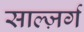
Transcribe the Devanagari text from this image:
साल्ज़र्ग